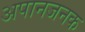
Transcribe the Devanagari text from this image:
अपानजनक